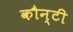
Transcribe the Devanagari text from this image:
कौन्टी